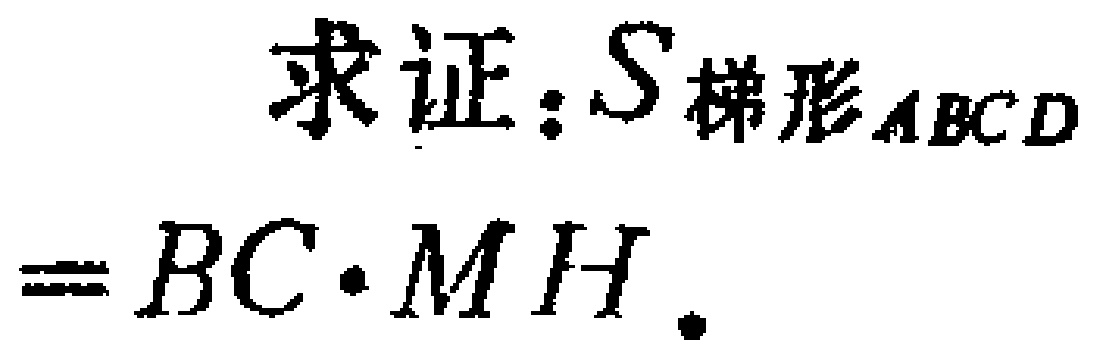
求证：$S_{梯形ABCD}=BC\cdot MH$。